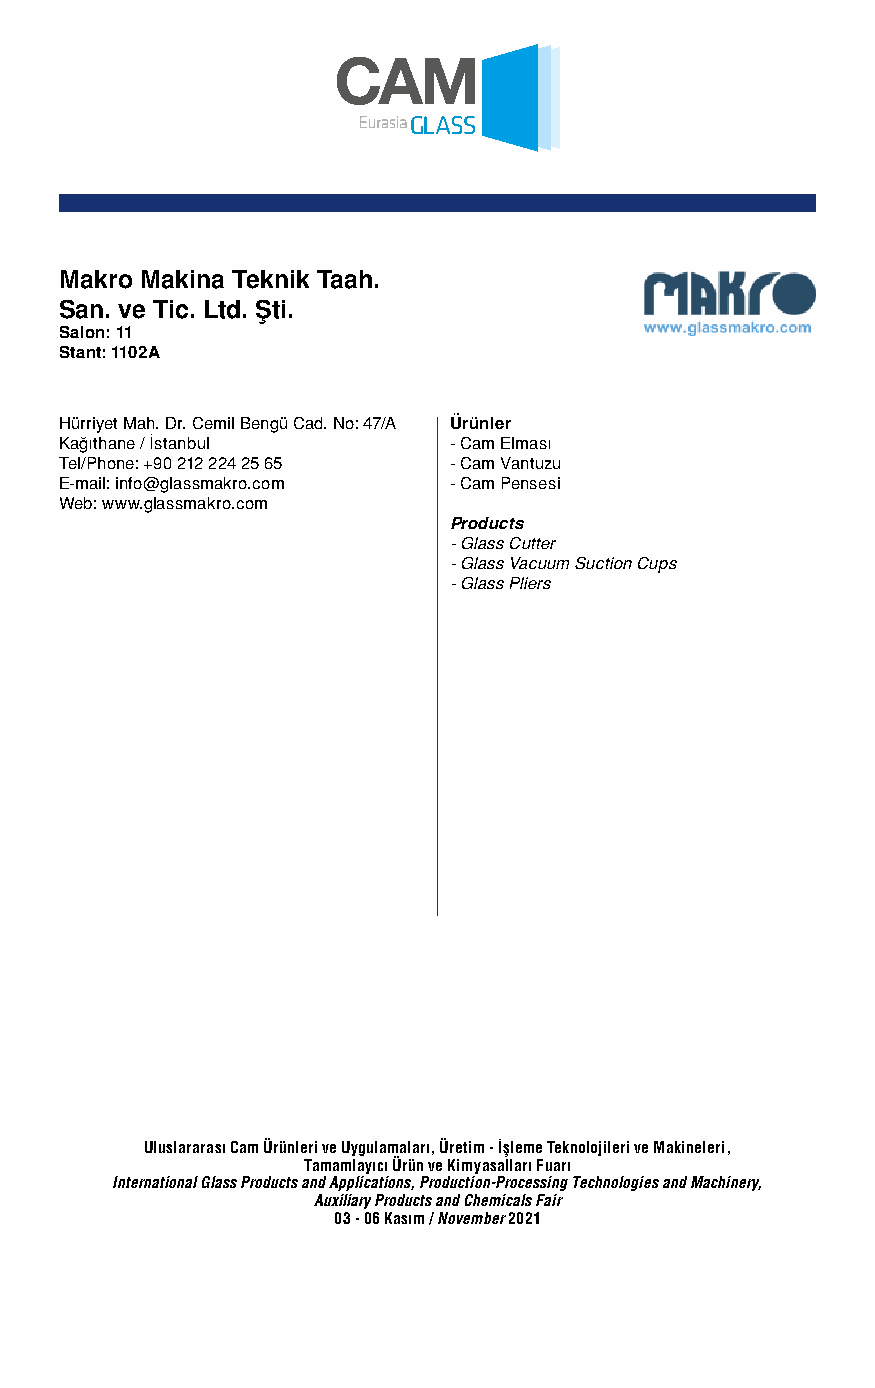
Makro Makina Teknik Taah.
 San. ve Tic. Ltd. Şti.
 Salon: 11
 Stant: 1102A
 Hürriyet Mah. Dr. Cemil Bengü Cad. No: 47/A Ürünler
 Kağıthane / İstanbul      - Cam Elması
 Tel/Phone: +90 212 224 25 65 - Cam Vantuzu
 E-mail: info@glassmakro.com - Cam Pensesi
 Web: www.glassmakro.com
 Products
 - Glass Cutter
 - Glass Vacuum Suction Cups
 - Glass Pliers
 Uluslararası Cam Ürünleri ve Uygulamaları, Üretim - İşleme Teknolojileri ve Makineleri,
 Tamamlayıcı Ürün ve Kimyasalları Fuarı
 International Glass Products and Applications, Production-Processing Technologies and Machinery,
 Auxiliary Products and Chemicals Fair
 03 - 06 Kasım / November 2021